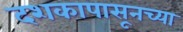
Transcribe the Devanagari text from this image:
दशकापासूनच्या